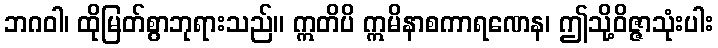
ဘဂဝါ၊ ထိုမြတ်စွာဘုရားသည်။ ဣတိပိ ဣမိနာစကာရဏေန၊ ဤသို့ဝိဇ္ဇာသုံးပါး